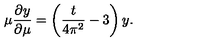
\mu \frac { \partial y } { \partial \mu } = \left( \frac { t } { 4 \pi ^ { 2 } } - 3 \right) y .